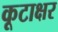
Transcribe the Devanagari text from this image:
कूटाक्षर